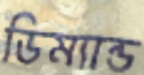
ডিম্যান্ড